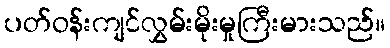
ပတ်ဝန်းကျင်လွှမ်းမိုးမှုကြီးမားသည်။